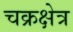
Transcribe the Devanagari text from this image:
चक्रक्षेत्र